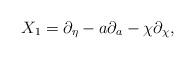
LaTeX: \begin{align*}X_1=\partial_\eta -a\partial_a-\chi\partial_\chi ,\end{align*}